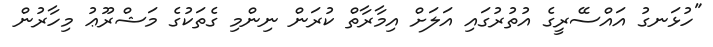
"ހުޅަނގު އައްސޭރީގެ އުތުރުގައި އަލަށް އިމާރާތް ކުރަން ނިންމި ގެތަކުގެ މަޝްރޫޢު މިހާރުން